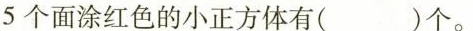
5个面涂红色的小正方体有( )个。